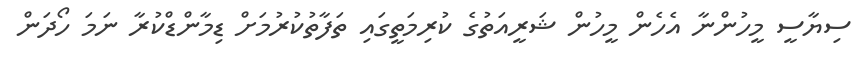
ސިޔާސީ މީހުންނާ އެހެން މީހުން ޝަރީއަތުގެ ކުރިމަތީގައި ތަފާތުކުރުމަށް ޑިމާންޑްކުރާ ނަމަ ހޯދަން